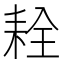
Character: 𦓰